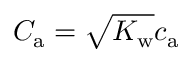
C _ { \mathrm { a } } = \sqrt { K _ { \mathrm { w } } } c _ { \mathrm { a } }